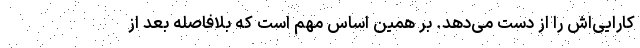
کارایی‌اش را از دست می‌دهد. بر همین اساس مهم است که بلافاصله بعد از